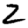
Digit: 2